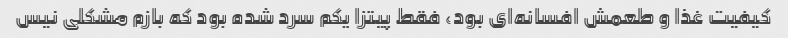
کیفیت غذا و طعمش افسانه‌ای بود، فقط پیتزا یکم سرد شده بود که بازم مشکلی نیس